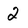
Character: 2